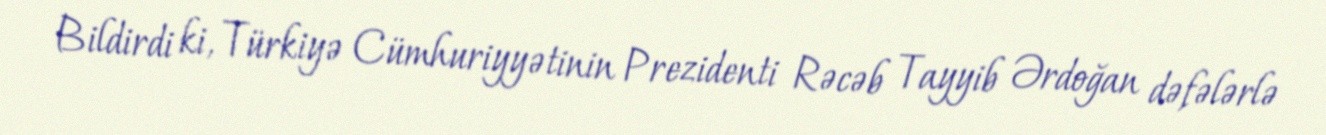
Bildirdi ki, Türkiyə Cümhuriyyətinin Prezidenti Rəcəb Tayyib Ərdoğan dəfələrlə